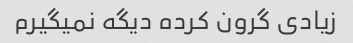
زیادی گرون کرده دیگه نمیگیرم